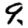
Digit: 9